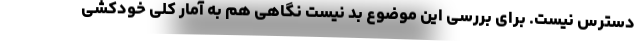
دسترس نیست. برای بررسی این موضوع بد نیست نگاهی هم به آمار کلی خودکشی